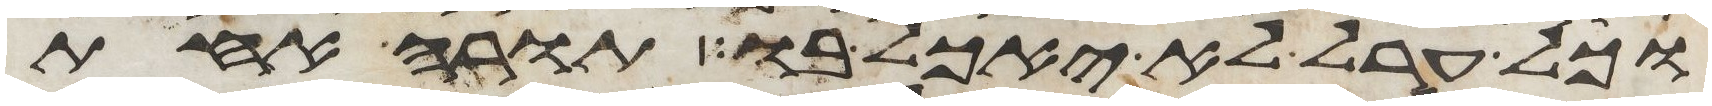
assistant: וכל ערל לא יאכל בו תורה אחת